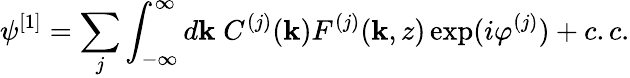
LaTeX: \psi^{[1]}=\sum_{j}\int_{-\infty}^{\infty}d\mathbf{k}\; C^{(j)}(\mathbf{k})F^{(j)}(\mathbf{k},z)\exp(i\varphi^{(j)})+c.c.